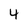
Character: 4